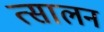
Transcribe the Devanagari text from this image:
त्सालन